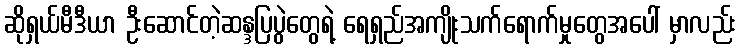
ဆိုရှယ်မီဒီယာ ဦးဆောင်တဲ့ဆန္ဒပြပွဲတွေရဲ့ ရေရှည်အကျိုးသက်ရောက်မှုတွေအပေါ် မှာလည်း